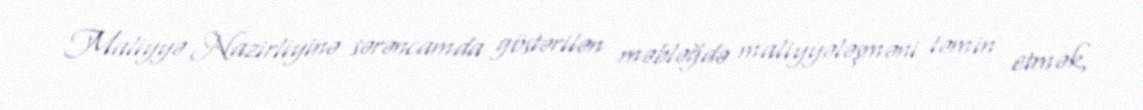
Maliyyə Nazirliyinə sərəncamda göstərilən məbləğdə maliyyələşməni təmin etmək,